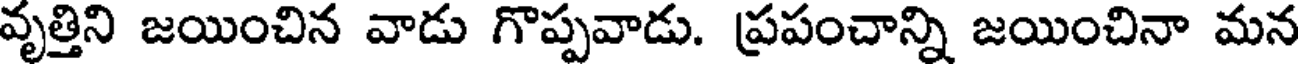
వృత్తిని జయించిన వాడు గొప్పవాడు. ప్రపంచాన్ని జయించినా మన